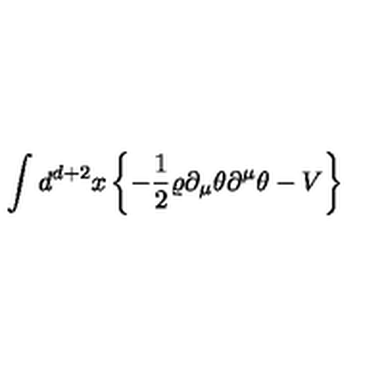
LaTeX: \int d ^ { d + 2 } x \left\{ - \frac { 1 } { 2 } \varrho \partial _ { \mu } \theta \partial ^ { \mu } \theta - V \right\}